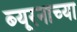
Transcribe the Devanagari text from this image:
ब्यूरनाच्या